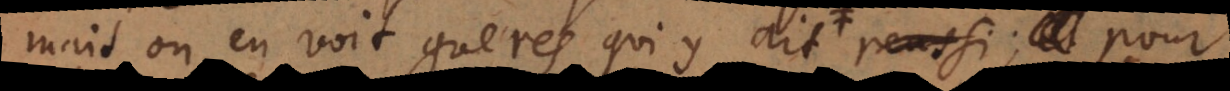
mais on en voit gueres qui y ait reussi; et ass